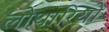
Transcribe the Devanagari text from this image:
लोथारियो